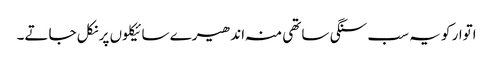
اتوار کو یہ سب سنگی ساتھی منہ اندھیرے سائیکلوں پر نکل جاتے۔